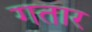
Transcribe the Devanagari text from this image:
गतार